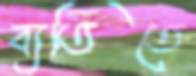
ব্যতিতে